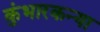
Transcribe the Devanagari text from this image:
कुंभारकन्या